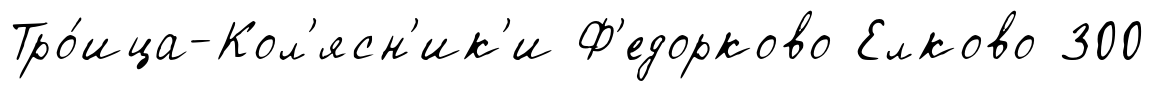
Тро́ица-Кол'ясн'ик'и Ф'едорково Елково 300